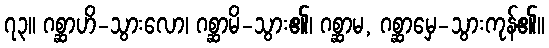
၇၃။ ဂစ္ဆာဟိ-သွားလော၊ ဂစ္ဆာမိ-သွား၏၊ ဂစ္ဆာမ, ဂစ္ဆာမှေ-သွားကုန်၏၊၊